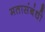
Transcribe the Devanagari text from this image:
मतासंबंधी